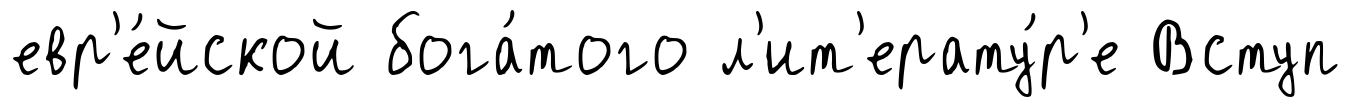
евр'е́йской бога́того л'ит'ерату́р'е Вступ